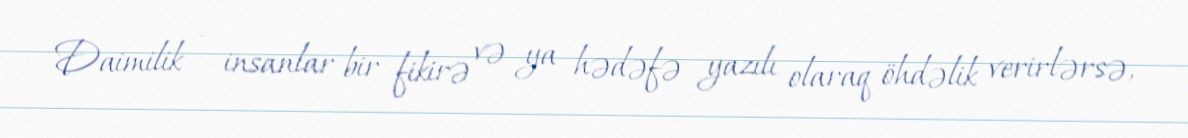
Daimilik - insanlar bir fikirə və ya hədəfə yazılı olaraq öhdəlik verirlərsə,